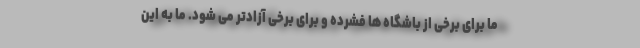
ما برای برخی از باشگاه ها فشرده و برای برخی آزادتر می شود. ما به این